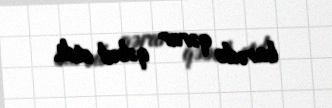
barədə qərar qəbul etdi.